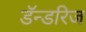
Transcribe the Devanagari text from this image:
डॅन्डरिज